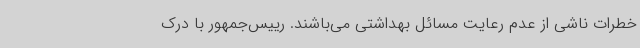
خطرات ناشی از عدم رعایت مسائل بهداشتی می‌باشند. رییس‌جمهور با درک